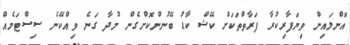
އޮންލައިން ވިޔަފާރިކުރާ ފަރާތްތަކަށް ކޭޝް ކާޑު ބޭނުންކޮށްގެން މުދާ ގަނެ ވިއްކޭނެ ސިސްޓަމެއް